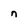
Character: n